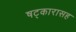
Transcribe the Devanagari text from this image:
षट्‍कारासह